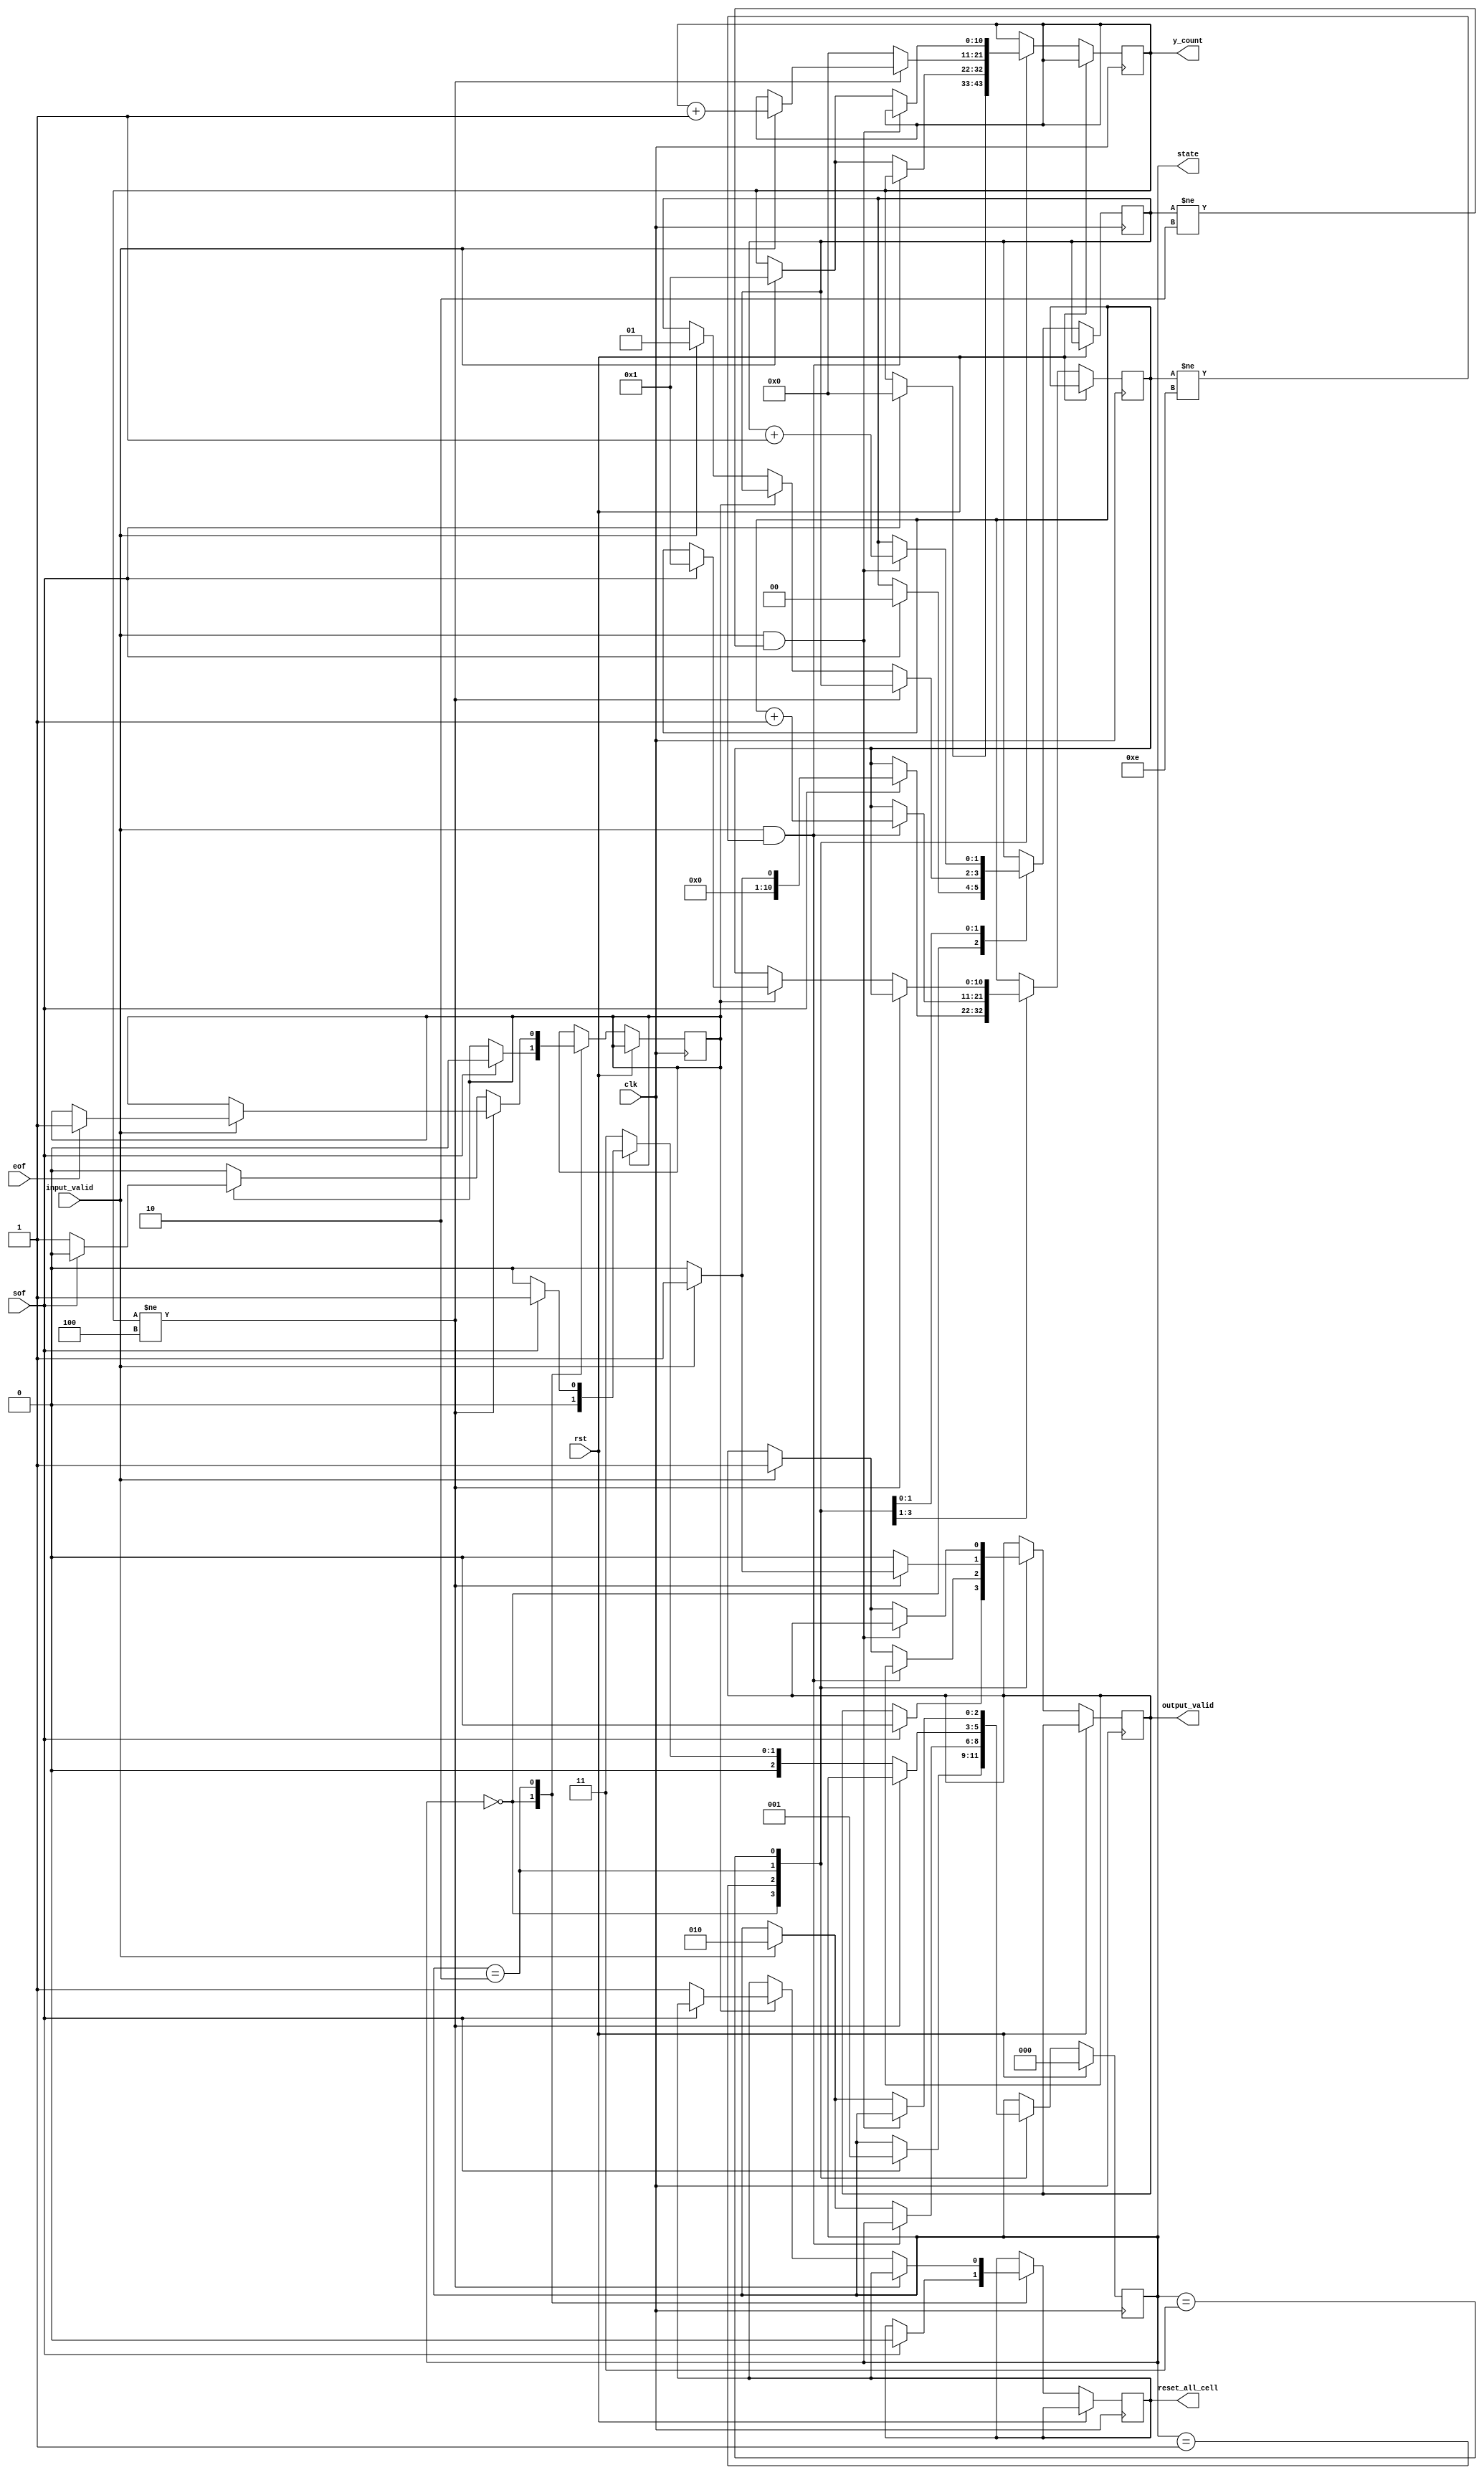
module line_buffer_control
	#(parameter input_y = 6)
	(
	clk,
	rst,
	sof,
	eof,
	input_valid,
	output_valid,
	reset_all_cell,
	//debug
	state,
	y_count
);	
	localparam state_rst = 3'd0;
	localparam state_idle = 3'd1;
	localparam state_return = 3'd2;
	localparam state_wait = 3'd3;
	
	input clk;
	input rst;
	input sof, eof;
	input input_valid;
	output reg output_valid;

	output reg [2:0] state;
	output reg reset_all_cell;
	reg [10:0] input_valid_count;
	output reg [10:0] y_count;
	reg [1:0]     wait_count;
	reg is_eof;
	always @ (posedge clk) begin
		if(rst) begin
			state <= state_rst;
		end else begin
			case(state)
				state_rst:
					begin
						if(sof) begin
							state <= state_idle;
							output_valid <= 1'b0;
							y_count <= 11'd0;
							wait_count <= 2'b0;
							reset_all_cell <= 1'b0;
							is_eof <= 1'b0;
							if (input_valid) begin
								input_valid_count <= 11'd1;
							end else begin
								input_valid_count <= 11'd0;
							end
						end
					end
				state_idle:
					begin
						if(input_valid && input_valid_count != input_y*2 + 3 - 1) begin
							input_valid_count <= input_valid_count + 11'd1;
						end else begin
							if(input_valid) begin
								output_valid <= 1'b1;
								y_count <= 11'd1;
								state <= state_return;
							end
						end		
					end
				state_return:
					begin
						if(y_count != input_y - 2) begin
							if(input_valid) begin
								if(eof) begin
									is_eof <= 1'b1;
									output_valid <= 1'b1;
									y_count <= y_count + 11'd1;
								end else begin
									output_valid <= 1'b1;
									y_count <= y_count + 11'd1;
								end
							end else begin
								output_valid <= 1'b0	;
							end	
						end else begin
							y_count <= 11'd0;
							output_valid <= 1'b0;
							if (is_eof) begin
								if(sof) begin
									is_eof <= 1'b0;
									state <= state_idle;
									input_valid_count <= 11'd1;
								end else begin
									state <= state_rst;
									reset_all_cell <= 1'b1;
								end
							end else begin
								state <= state_wait;
								if(input_valid) begin
									wait_count <= 2'd1;
								end
							end
						end
					end
				state_wait:
					begin
						if(input_valid && wait_count != 2'd2) begin
							wait_count <= wait_count + 1'd1;
						end else begin
							if(input_valid) begin
								y_count <= 11'd1;
								state <= state_return;
								output_valid <= 1'b1;
							end
						end
					end
			endcase
		end
	end
endmodule